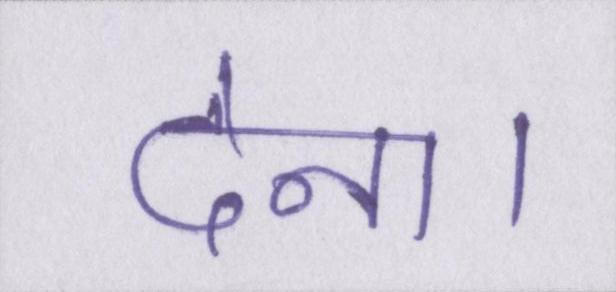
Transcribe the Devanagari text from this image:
देना।